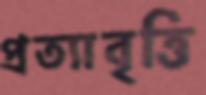
প্রত্যাবৃত্তি